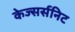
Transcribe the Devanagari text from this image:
केज्सर्सनिट